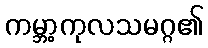
ကမ္ဘာ့ကုလသမဂ္ဂ၏